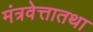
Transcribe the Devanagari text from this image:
मंत्रवेत्तातथा